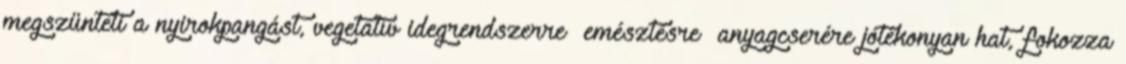
megszünteti a nyirokpangást, vegetatív idegrendszerre emésztésre anyagcserére jótékonyan hat, fokozza